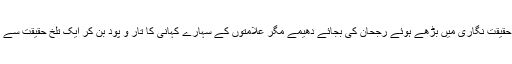
احمد جاوید نے حقیقت نگاری میں بڑھے ہوئے رجحان کی بجائے دھیمے مگر علامتوں کے سہارے کہانی کا تار و پود بُن کر ایک تلخ حقیقت سے پردہ اٹھا یا ہے۔